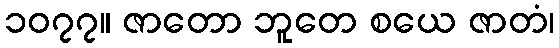
၁၀၇၇။ ဇာတော ဘူတေ စယေ ဇာတံ၊